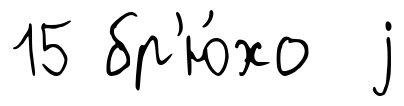
15 бр'ю́хо j